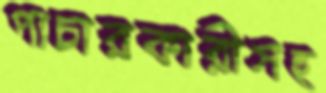
পাচারকারীসহ